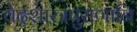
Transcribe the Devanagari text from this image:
वेदशास्त्रपुराणानि